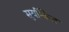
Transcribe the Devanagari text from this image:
सुर्यांकित